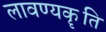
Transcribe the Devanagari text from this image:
लावण्यकॄति